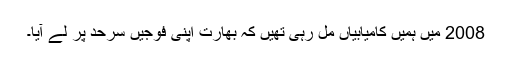
2008 میں ہمیں کامیابیاں مل رہی تھیں کہ بھارت اپنی فوجیں سرحد پر لے آیا۔